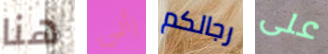
هنا رأيي رجالكم على